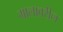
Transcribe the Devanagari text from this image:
मालावरील